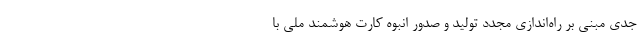
جدی مبنی بر راه‌اندازی مجدد تولید و صدور انبوه کارت هوشمند ملی با